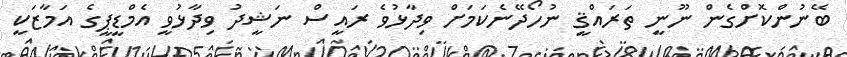
ބޭނުންކޮށްގެން ނޫނީ ތަރައްޤީ ނުހޯދޭނެކަމަށް ވިދާޅުވެ ރައީސް ނަޝީދު ވިދާޅުވީ އެމްޑީޕީގެ އަމާޒަކީ